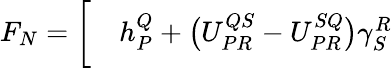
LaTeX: \begin{array}{rl}{F_{N}=\bigg[}&{{}h_{P}^{Q}+\big(U_{PR}^{QS}-U_{PR}^{SQ}\big)\gamma_{S}^{R}}\end{array}